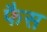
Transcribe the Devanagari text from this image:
फैस